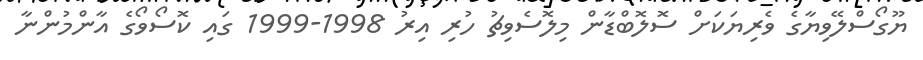
ޔޫގޯސްލޭވިޔާގެ ވެރިޔަކަށް ސޮލޮބްޑާން މިލޮސެވިޗު ހުރި އިރު 1998-1999 ގައި ކޮސޯވޯގެ އާންމުންނާ